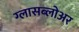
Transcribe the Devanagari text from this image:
ग्लासब्लोअर